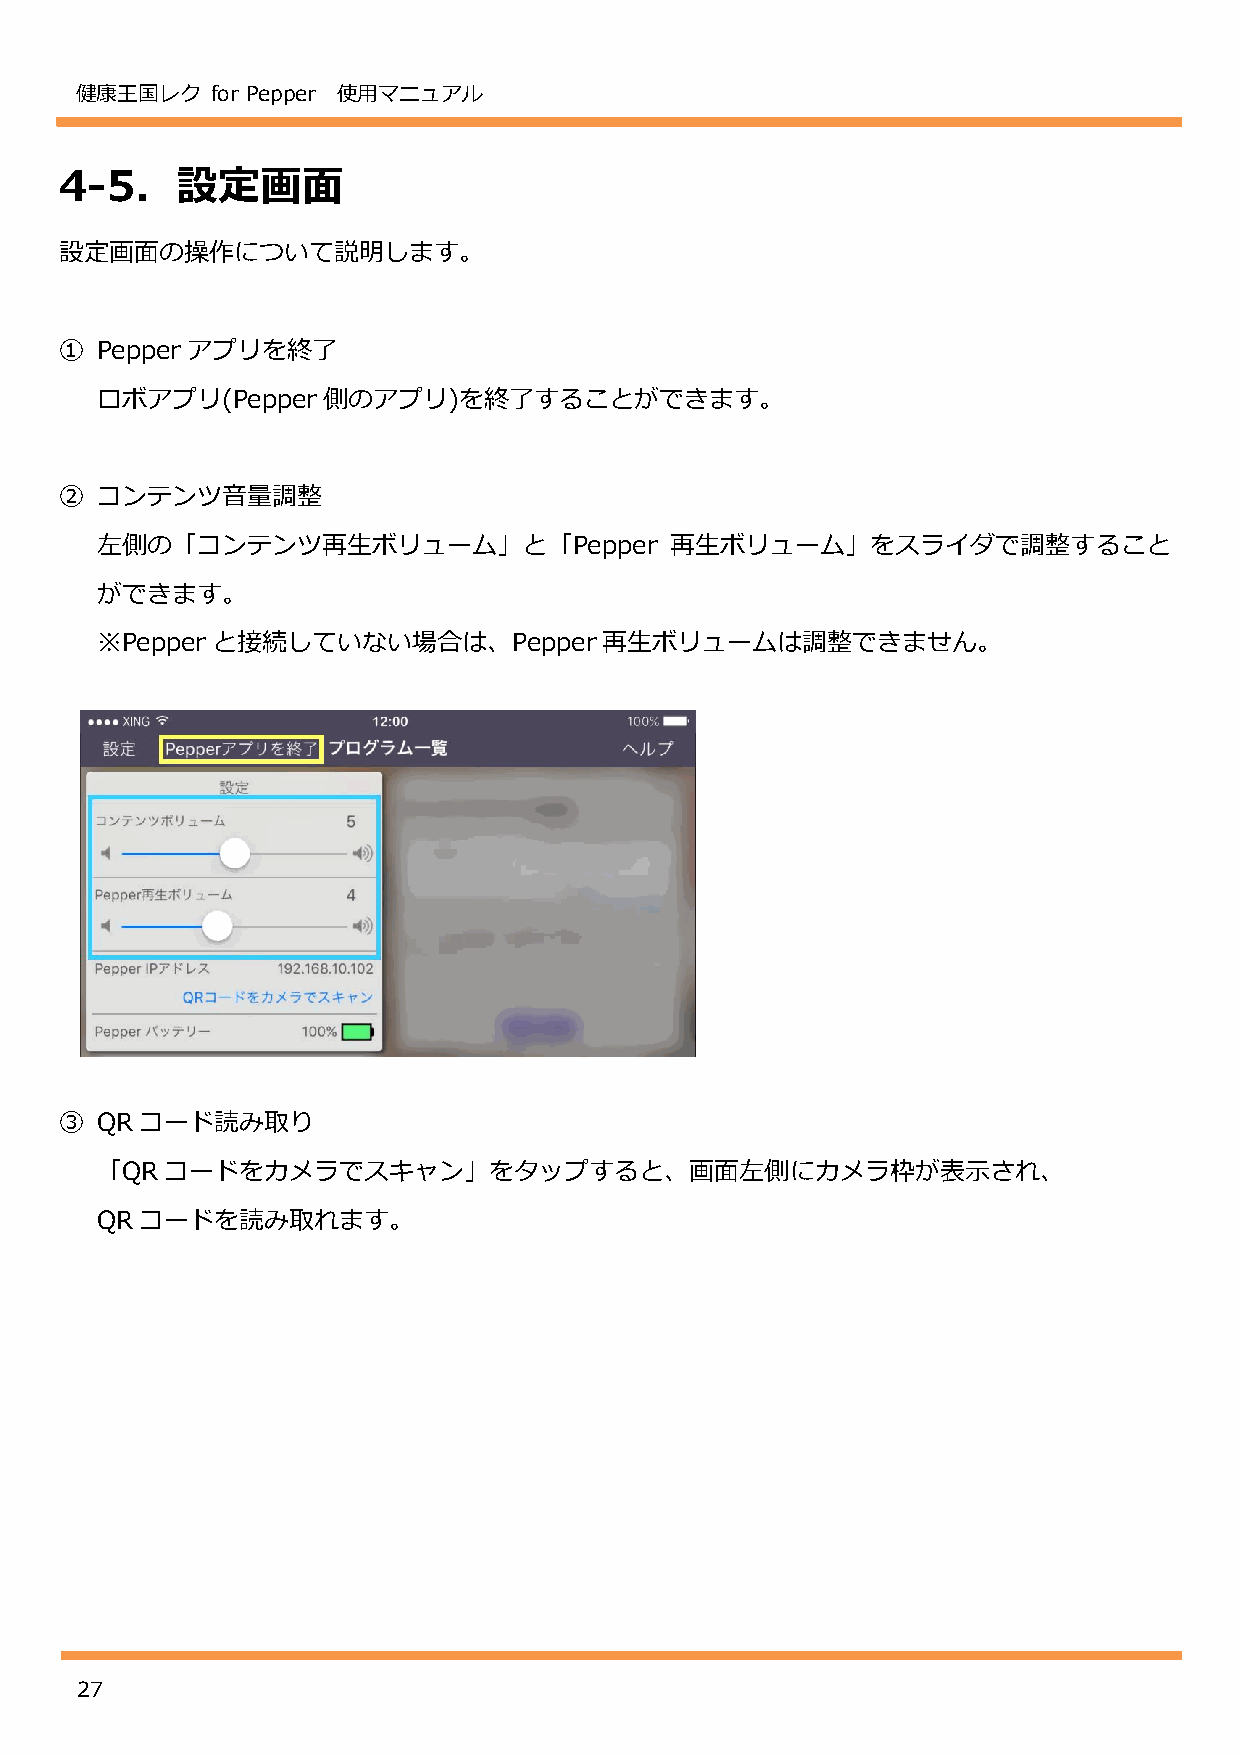
健康王国レク   for Pepper 使用マニュアル
 4-5．設定画面
 設定画面の操作について説明します。
 ① Pepper アプリを終了
 ロボアプリ(Pepper   側のアプリ)を終了することができます。
 ② コンテンツ音量調整
 左側の「コンテンツ再生ボリューム」と「Pepper             再生ボリューム」をスライダで調整すること
 ができます。
 ※Pepper と接続していない場合は、Pepper再生ボリュームは調整できません。
 ③ QRコード読み取り
 「QRコードをカメラでスキャン」をタップすると、画面左側にカメラ枠が表示され、
 QRコードを読み取れます。
 27